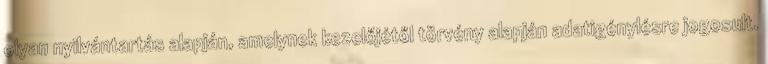
olyan nyilvántartás alapján, amelynek kezelőjétől törvény alapján adatigénylésre jogosult.